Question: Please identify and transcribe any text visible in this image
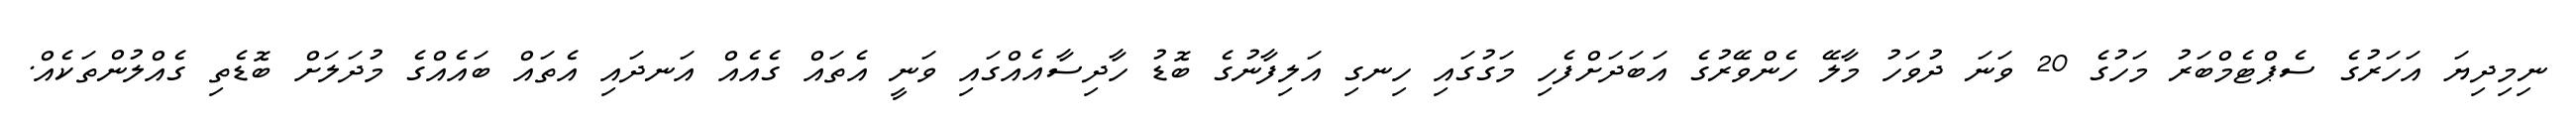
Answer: ނިމިދިޔަ އަހަރުގެ ސެޕްޓެމްބަރު މަހުގެ 20 ވަނަ ދުވަހު މާލޭ ހެންވޭރުގެ އަބަދަށްފެހި މަގުގައި ހިނގި އަލިފާނުގެ ބޮޑު ހާދިސާއެއްގައި ވަނީ އެތައް ގެއެއް އަނދައި އެތައް ބައެއްގެ މުދަލަށް ބޮޑެތި ގެއްލުންތަކެއް.